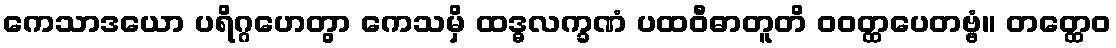
ကေသာဒယော ပရိဂ္ဂဟေတွာ ကေသမှိ ထဒ္ဓလက္ခဏံ ပထဝီဓာတူတိ ဝဝတ္ထပေတဗ္ဗံ။ တတ္ထေဝ